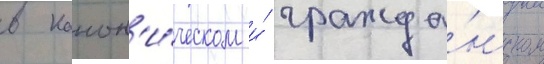
в канон'и́ческом и́ гражда́нском